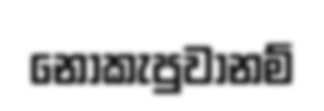
නොකැපුවානම්